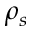
\rho _ { s }